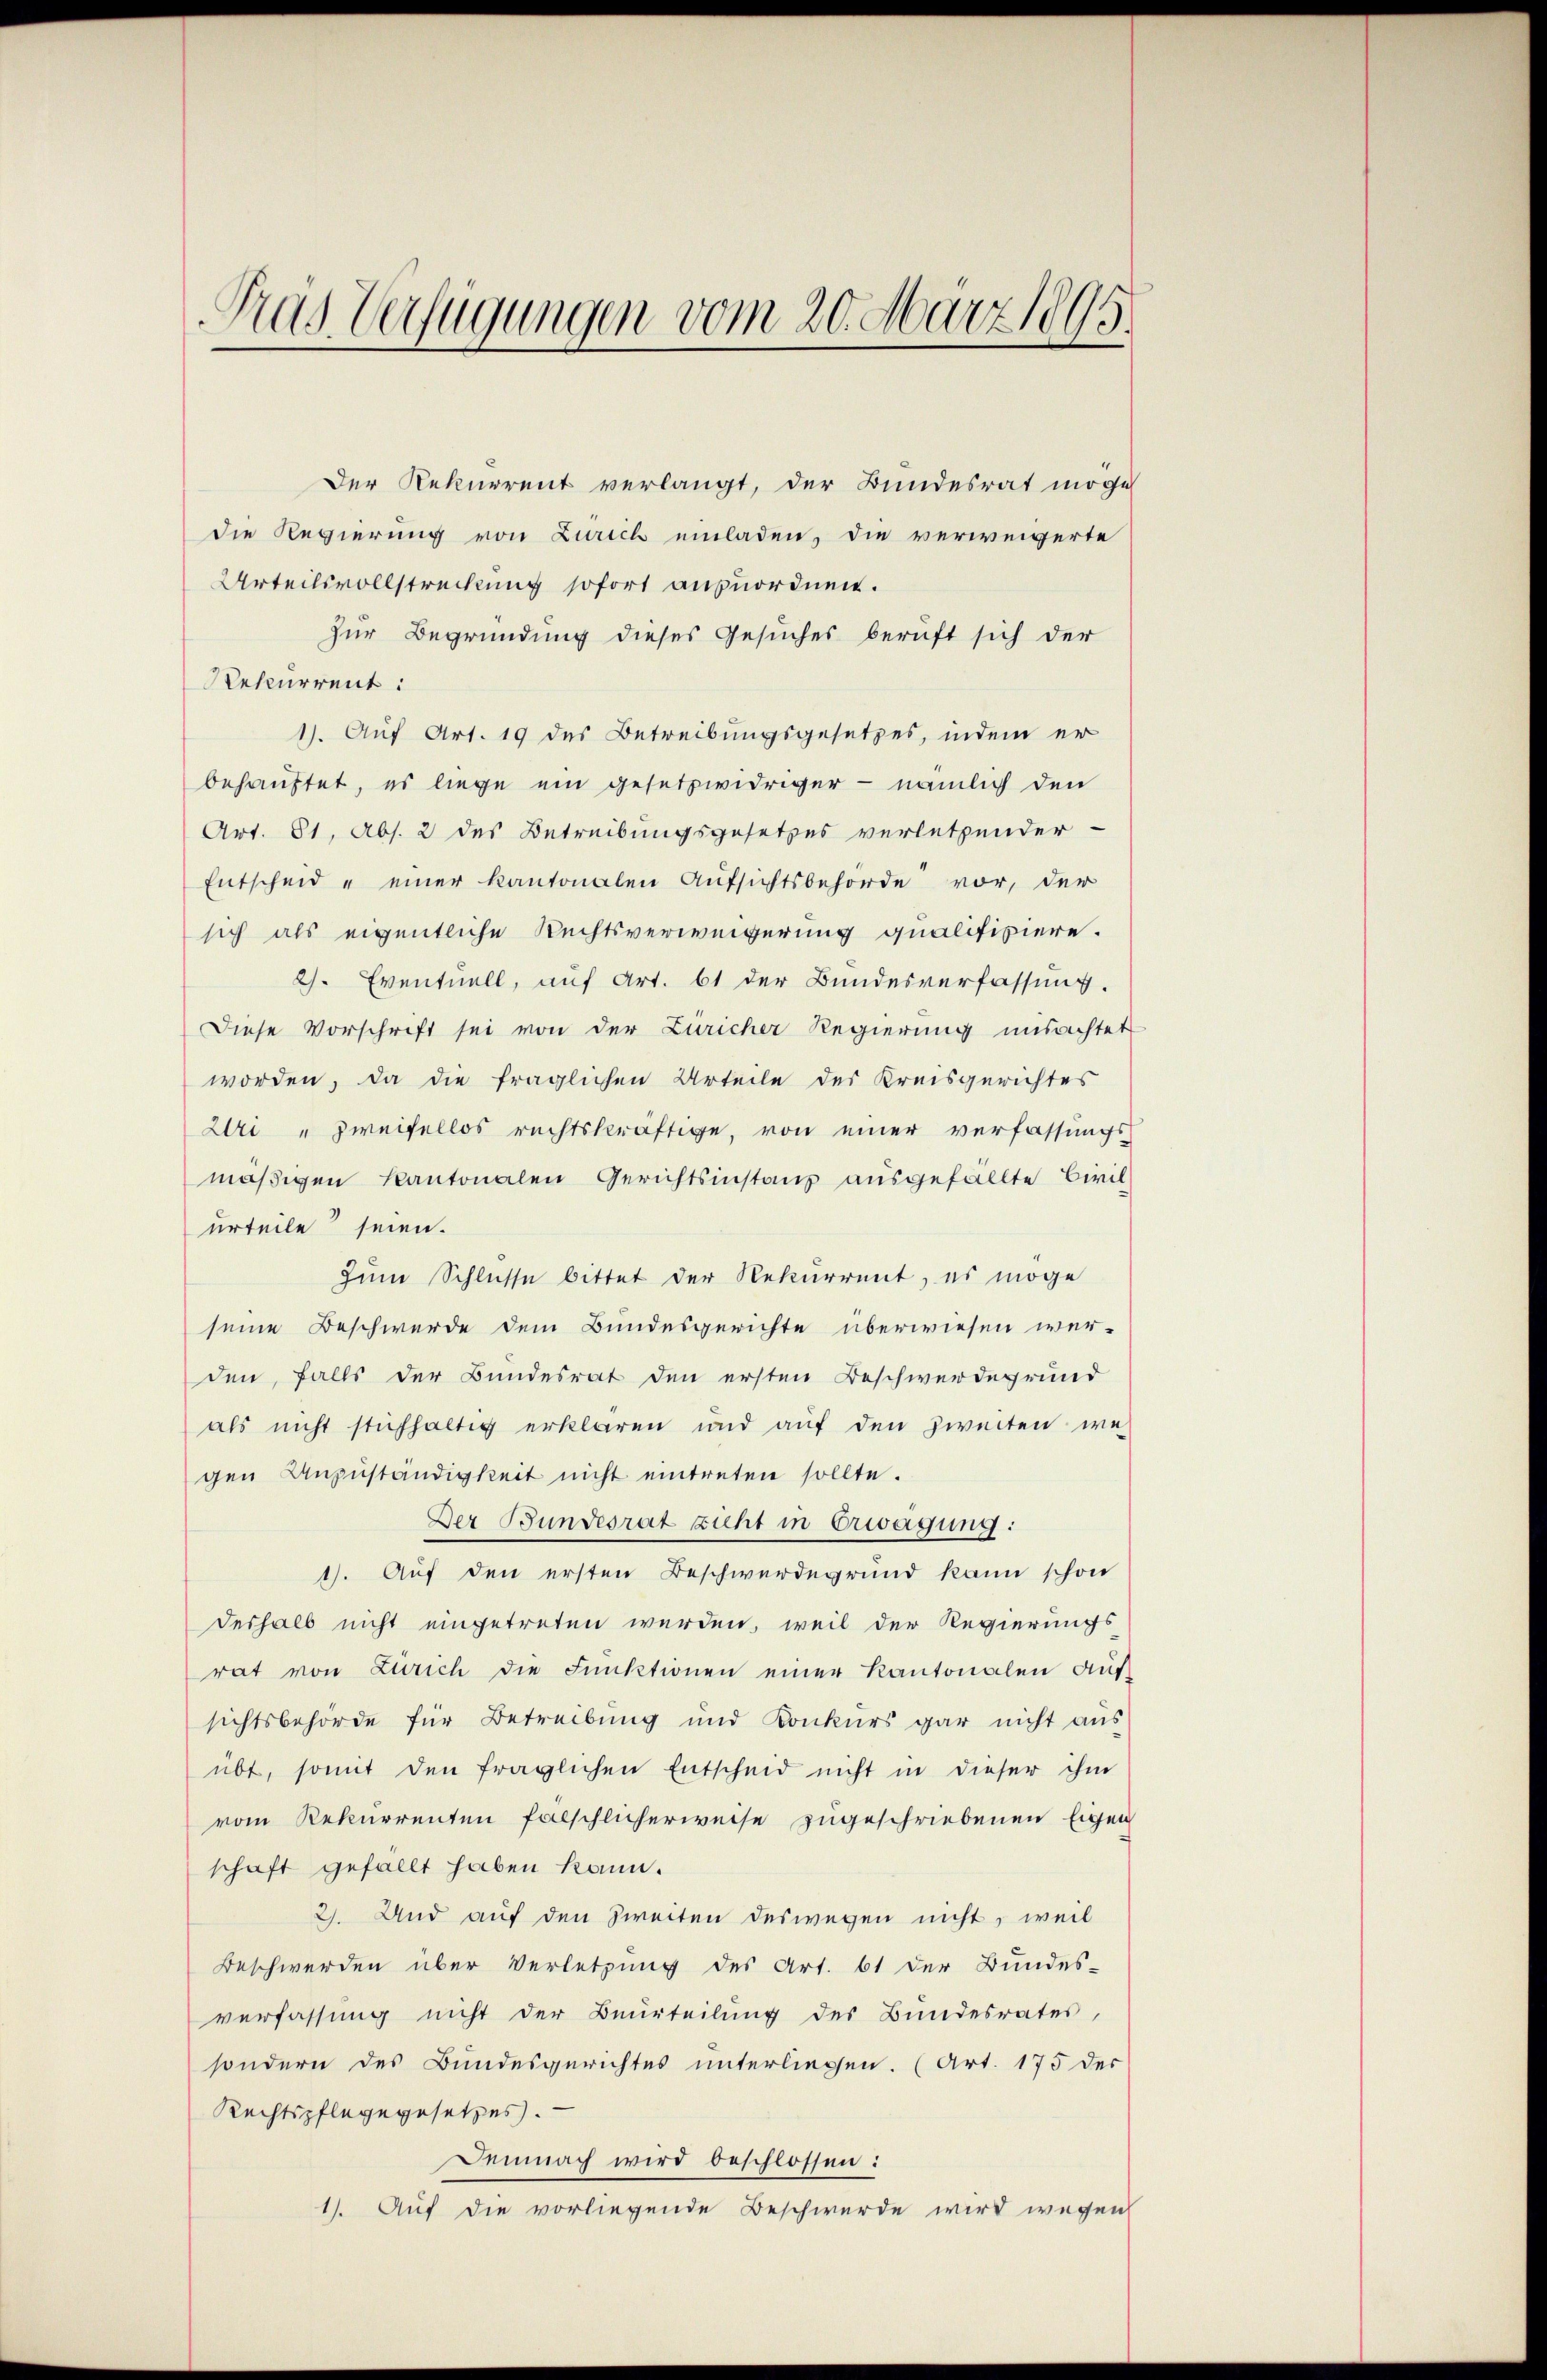
Pas Verfügungen vom 20. März 1895.

Der Rekurrent verlangt, der Bundesrat möge
die Regierung von Zürich einladen, die verweigerte
Urteilsvollstreckung sofort anzuordnen.
zur Begründung dieses Gesuches beruft sich der
Rekurrent:
1). Auf Art. 19 des Betreibungsgesetzes, indem er
behauptet, es liege ein gesetzwidriger - nämlich den
Art. 81, Abs. 2 des Betreibungsgesetzes verletzender-
Entscheid " einer kantonalen Aufsichtsbehörde vor, der
sich als eigentliche Rechtsverweigerung qualifiziere.
2). Eventuell, auf Art. 61 der Bundesverfassung.
Diese Vorschrift sei von der Züricher Regierung unsachtet
worden, da die fraglichen Urteile des Kreisgerichtes
Uri „zweifellos rechtskräftige, von einer verfassungsmäßigen Kantonalen Gerichtsinstanz ausgefällte Civil-
urteile seien.
zum Schlüsse bittet der Rekurrent, es möge
seine Beschwerde dem Bundesgerichte überwiesen wer-
den, falls der Bundesrat den ersten Beschwerdegrund
als nicht stichhaltig erklären und auf den Zwecken we
gen Anzŭständigkeit nicht eintreten sollte.
Der Bundesrat sicht in Erwägung:
1). Auf den ersten Beschwerdegrund kann schon
deshalb nicht eingetreten werden, weil der Regierungs-
rat von Zürich die Funktionen einer Kantonalen aŭf-
sichtsbehörde für Betreibung und Konkurs gar nicht aus
übt, somit den fraglichen Entscheid nicht in dieser ihm
vom Rekurrenten fälschlicherweise zugeschriebenen Eigen
schaft gefällt haben kann.
2). Und auf den Zweiten deswegen nicht, weil
Beschwerden über Verletzung des Art. 61 der Bundes-
verfassung nicht der Beurteilung des Bundesrates,
sondern des Bundesgerichtes unterliegen. (Art. 175 der
Rechtspflege gesetzes.
Demnach wird beschlossen:
1). Auf die vorliegende Beschwerde wird wegen